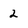
Character: 2